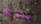
بشرتك